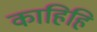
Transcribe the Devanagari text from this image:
काहिहि